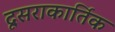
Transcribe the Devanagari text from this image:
दूसराकार्तिक